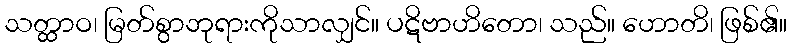
သတ္ထာဝ၊ မြတ်စွာဘုရားကိုသာလျှင်။ ပဋိဗာဟိတော၊ သည်။ ဟောတိ၊ ဖြစ်၏။